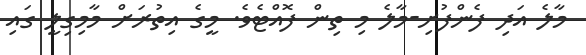
މާލެ އަދި ފެންފުށި-މާލެ މި ތިން ފޮއްޓެވެ. މީގެ އިތުރަށް މާމިގިލީ ގައި